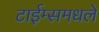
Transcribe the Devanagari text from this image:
टाईम्समधले